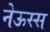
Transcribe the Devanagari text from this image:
नेऊस्स